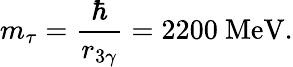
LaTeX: m_{\tau}=\frac{\hbar}{r_{3\gamma}}=2200\ \mathrm{MeV}.